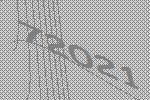
72021